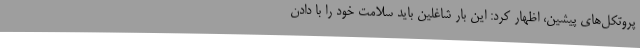
پروتکل‌های پیشین، اظهار کرد: این بار شاغلین باید سلامت خود را با دادن